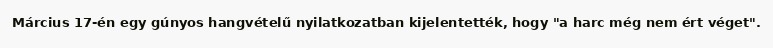
Március 17-én egy gúnyos hangvételű nyilatkozatban kijelentették, hogy "a harc még nem ért véget".